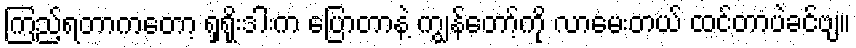
ကြည့်ရတာကတော့ ရှရိုးဒါးက ပြောတာနဲ့ ကျွန်တော့်ကို လာမေးတယ် ထင်တာပဲခင်ဗျ။